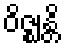
ဝိဇ္ဈန္တိ